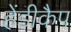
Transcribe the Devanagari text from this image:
हेंडीकैप